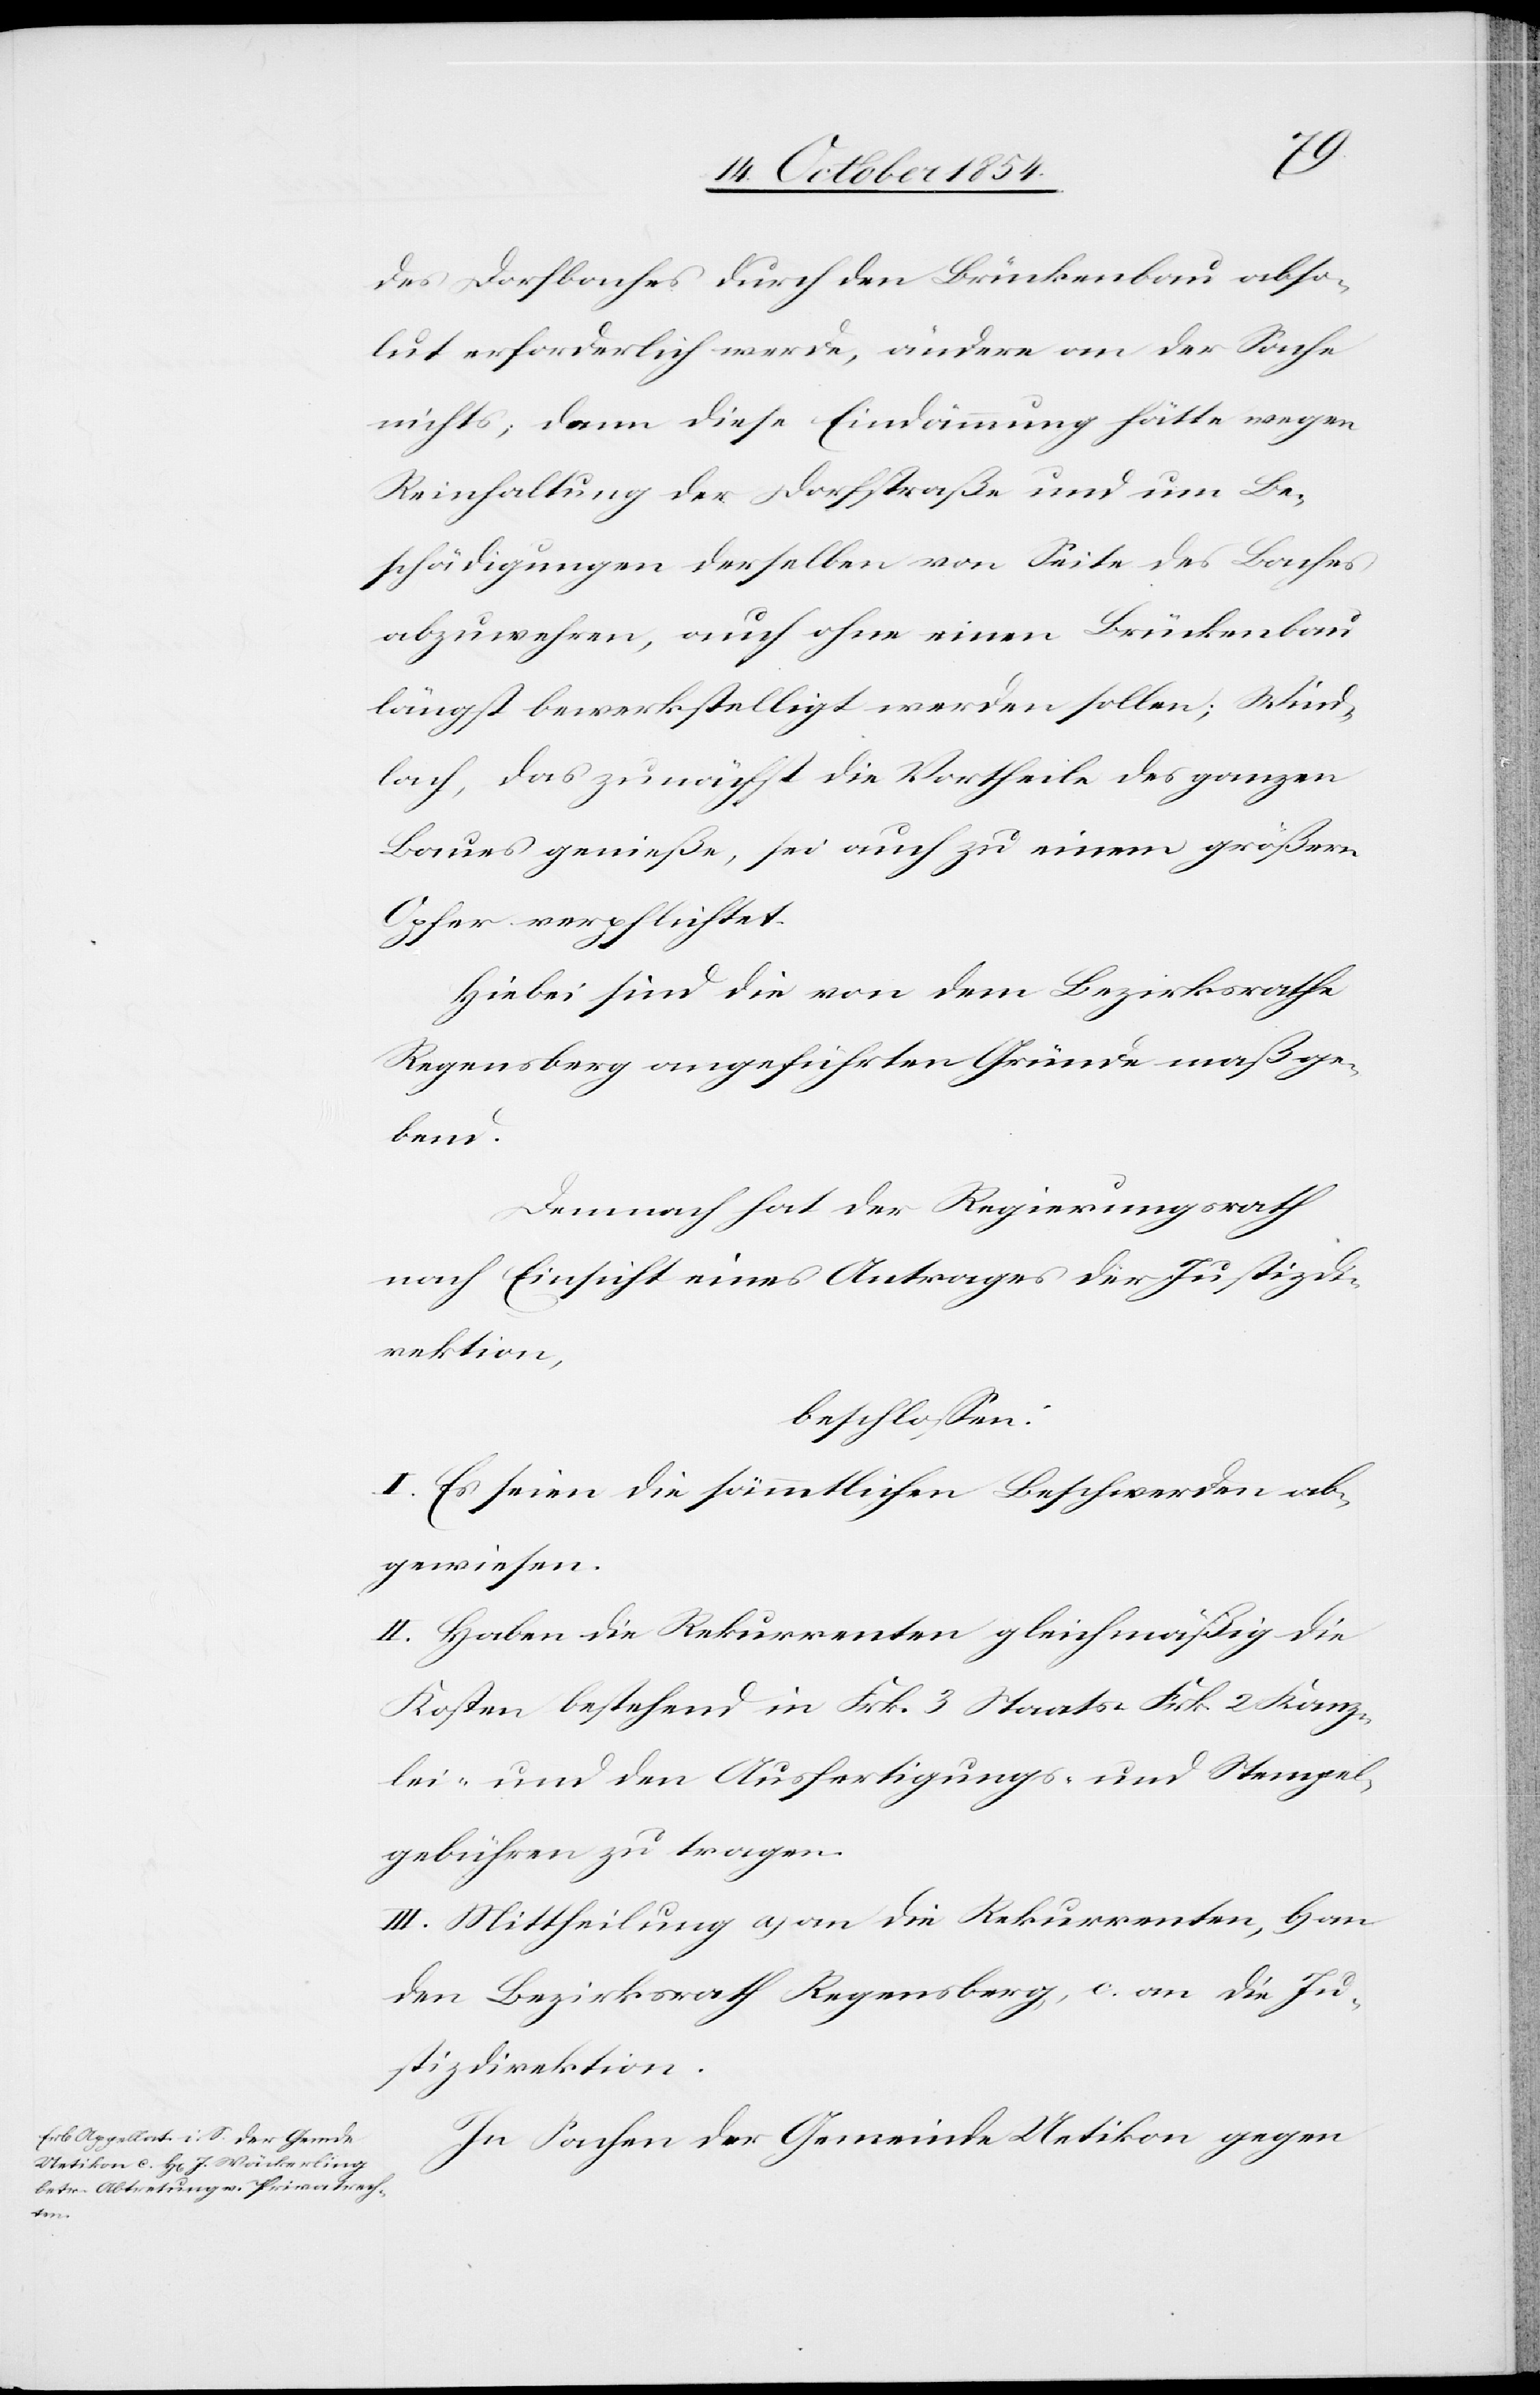
des Dorfbaches durch den Brückenbau abso¬
lut erforderlich werde, ändere an der Sache
nichts; denn diese Eindämmung hätte wegen
Reinhaltung der Dorfstraße und um Be¬
schädigungen derselben von Seite des Baches
abzuwehren, auch ohne einen Brückenbau
längst bewerkstelligt werden sollen; Wind¬
lach, das zunächst die Vortheile des ganzen
Baues genieße, sei auch zu einem größern
Opfer verpflichtet.
Hiebei sind die von dem Bezirksrathe
Regensberg angeführten Gründe maßge¬
bend.
Demnach hat der Regierungsrath
nach Einsicht eines Antrages der Justizdi¬
rektion,
beschloßen:
I. Es seien die sämmtlichen Beschwerden ab¬
gewiesen.
II. Haben die Rekurrenten gleichmäßig die
Kosten bestehend in Frk. 3 Staats-[,] Frk. 2 Kanz¬
lei- und den Ausfertigungs- und Stempel¬
gebühren zu tragen.
III. Mittheilung a) an die Rekurrenten, b) an
den Bezirksrath Regensberg, c. an die Ju¬
stizdirektion.
In Sachen der Gemeinde Uetikon gegen